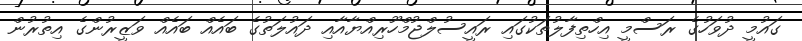
ގައުމީ ދުވަހުގެ ރަސްމީ އިހްތިފާލުތަކުގައި ރައީސުލްޖުމްހޫރިއްޔާއާއި ދައުލަތުގެ ބައެއް ބައެއް ވަޒީރުންގެ އިތުރުން